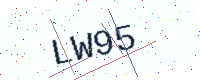
Text: LW95